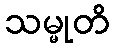
သမ္မုတိ